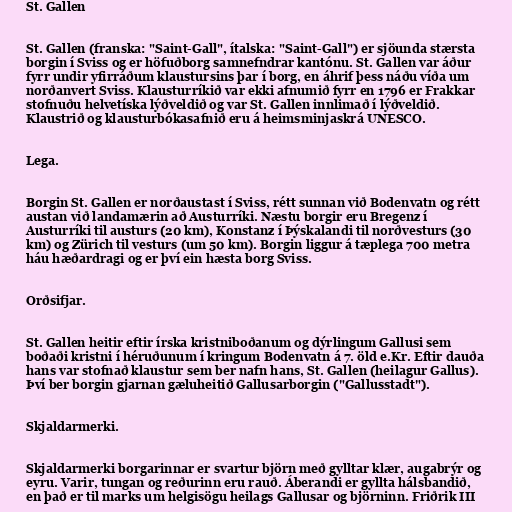
St. Gallen

St. Gallen (franska: "Saint-Gall", ítalska: "Saint-Gall") er sjöunda stærsta
borgin í Sviss og er höfuðborg samnefndrar kantónu. St. Gallen var áður
fyrr undir yfirráðum klaustursins þar í borg, en áhrif þess náðu víða um
norðanvert Sviss. Klausturríkið var ekki afnumið fyrr en 1796 er Frakkar
stofnuðu helvetíska lýðveldið og var St. Gallen innlimað í lýðveldið.
Klaustrið og klausturbókasafnið eru á heimsminjaskrá UNESCO.

Lega.

Borgin St. Gallen er norðaustast í Sviss, rétt sunnan við Bodenvatn og rétt
austan við landamærin að Austurríki. Næstu borgir eru Bregenz í
Austurríki til austurs (20 km), Konstanz í Þýskalandi til norðvesturs (30
km) og Zürich til vesturs (um 50 km). Borgin liggur á tæplega 700 metra
háu hæðardragi og er því ein hæsta borg Sviss.

Orðsifjar.

St. Gallen heitir eftir írska kristniboðanum og dýrlingum Gallusi sem
boðaði kristni í héruðunum í kringum Bodenvatn á 7. öld e.Kr. Eftir dauða
hans var stofnað klaustur sem ber nafn hans, St. Gallen (heilagur Gallus).
Því ber borgin gjarnan gæluheitið Gallusarborgin ("Gallusstadt").

Skjaldarmerki.

Skjaldarmerki borgarinnar er svartur björn með gylltar klær, augabrýr og
eyru. Varir, tungan og reðurinn eru rauð. Áberandi er gyllta hálsbandið,
en það er til marks um helgisögu heilags Gallusar og björninn. Friðrik III